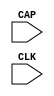
///////////////////////////////////////////////////////////////////////////////
// Copyright (c) 1995/2007 Xilinx, Inc.
// All Right Reserved.
///////////////////////////////////////////////////////////////////////////////
//   ____  ____
//  /   /\/   /
// /___/  \  /    Vendor : Xilinx
// \   \   \/     Version : 10.1
//  \   \         Description : Xilinx Formal Library Component
//  /   /                  Register State Capture for Bitstream Readback for SPARTAN3A
// /___/   /\     Filename : CAPTURE_SPARTAN3A.v
// \   \  /  \    Timestamp : Mon Nov 12 14:45:00 PDT 2007
//  \___\/\___\
//
// Revision:
//    11/12/07 - Initial version.
// End Revision

`timescale  1 ps / 1 ps


module CAPTURE_SPARTAN3A (CAP, CLK);

    input  CAP, CLK;
    
    parameter ONESHOT = "TRUE";

endmodule